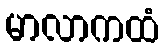
မာလာကထံ